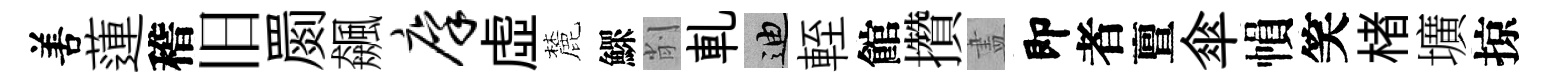
𠵊蓮稽旧罽飆廪虚麓鰥削軋迪輊館攢𥁞即者亶傘𢄙笑楮壙掠